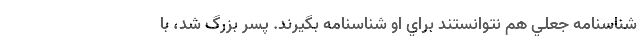
شناسنامه جعلي هم نتوانستند براي او شناسنامه بگيرند. پسر بزرگ شد، با